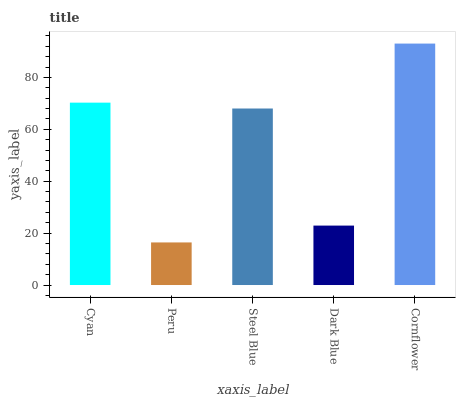
| xaxis_label | bars |
 | --- | --- |
 | Cyan | 70.3 |
 | Peru | 16.4 |
 | Steel Blue | 68 |
 | Dark Blue | 22.9 |
 | Cornflower | 93 |